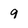
Character: 9